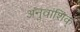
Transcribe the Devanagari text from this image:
अनुवांशिक्